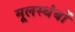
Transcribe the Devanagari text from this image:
मूलस्थंबों